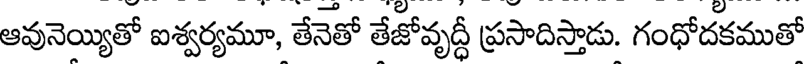
ఆవునెయ్యితో ఐశ్వర్యమూ, తేనెతో తేజోవృద్దీ ప్రసాదిస్తాడు. గంధోదకముతో